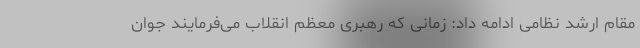
مقام ارشد نظامی ادامه داد: زمانی که رهبری معظم انقلاب می‌فرمایند جوان